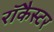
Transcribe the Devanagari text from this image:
रॉकैस्टर